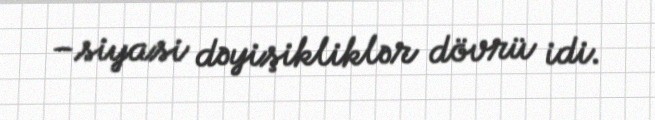
–siyasi dəyişikliklər dövrü idi.